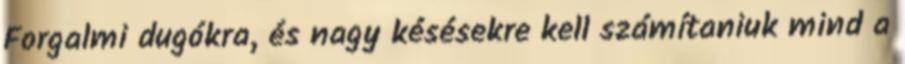
Forgalmi dugókra, és nagy késésekre kell számítaniuk mind a